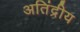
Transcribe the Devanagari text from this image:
अतिंद्रीय